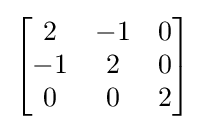
\left[{\begin{matrix}2&-1&0\\-1&2&0\\0&0&2\end{matrix}}\right]